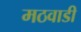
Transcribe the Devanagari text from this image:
मठवाडी